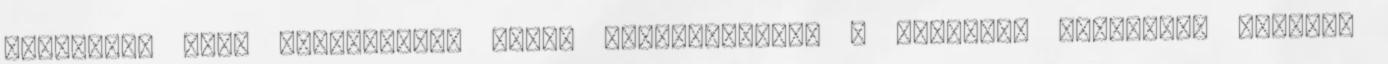
ellenzéki párt társelnöke, Zugló polgármestere a Fővárosi Közgyűlés szerdai